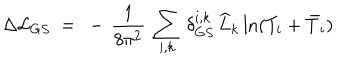
LaTeX: \Delta { \cal L } _ { G S } \ = \ - \, \frac { 1 } { 8 \pi ^ { 2 } } \: \sum _ { i , k } \, \delta _ { G S } ^ { i , k } \, \widehat L _ { k } \ln ( T _ { i } + \bar { T } _ { i } )